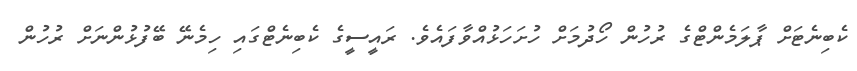
ކެބިނެޓަށް ޕާލަމެންޓްގެ ރުހުން ހޯދުމަށް ހުށަހަޅުއްވާފައެވެ. ރައީސީގެ ކެބިނެޓްގައި ހިމެނޭ ބޭފުޅުންނަށް ރުހުން